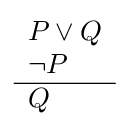
{\begin{array}{l}P\lor Q\\\lnot P\\\hline Q\end{array}}